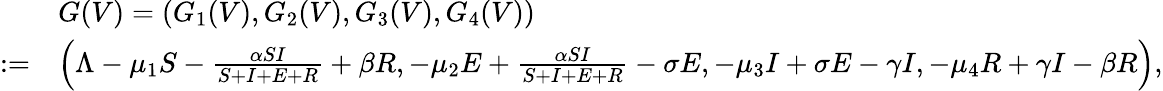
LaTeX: \begin{array}{rl}&{G(V)=(G_{1}(V),G_{2}(V),G_{3}(V),G_{4}(V))}\\ {:=}&{\Bigl(\Lambda-\mu_{1}S-\frac{\alpha SI}{S+I+E+R}+\beta R,-\mu_{2}E+\frac{\alpha SI}{S+I+E+R}-\sigma E,-\mu_{3}I+\sigma E-\gamma I,-\mu_{4}R+\gamma I-\beta R\Bigr),}\end{array}